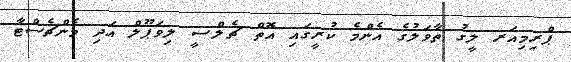
ޕްރިމިއަރ ލީގު ތާވަލުގެ އެންމެ ކުރީގައި އޮތް ޗެލްސީ ލިވަޕޫލް އަދި މެންޗެސްޓާ